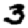
Digit: 3